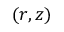
( r , z )